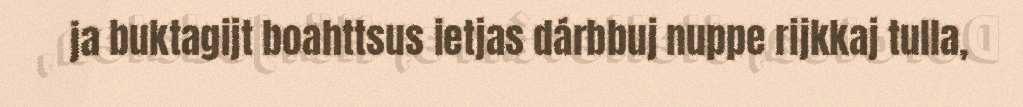
ja buktagijt boahttsus ietjas dárbbuj nuppe rijkkaj tulla,